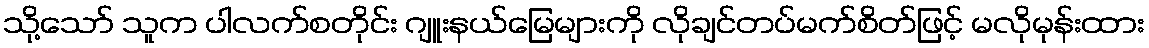
သို့သော် သူက ပါလက်စတိုင်း ဂျူးနယ်မြေများကို လိုချင်တပ်မက်စိတ်ဖြင့် မလိုမုန်းထား